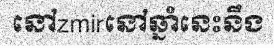
នៅzmirនៅឆ្នាំនេះនឹង